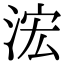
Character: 浤